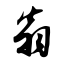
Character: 翁